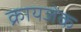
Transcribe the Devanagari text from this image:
क्रायजेक